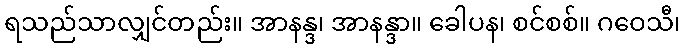
ရသည်သာလျှင်တည်း။ အာနန္ဒ၊ အာနန္ဒာ။ ခေါပန၊ စင်စစ်။ ဂဝေသီ၊